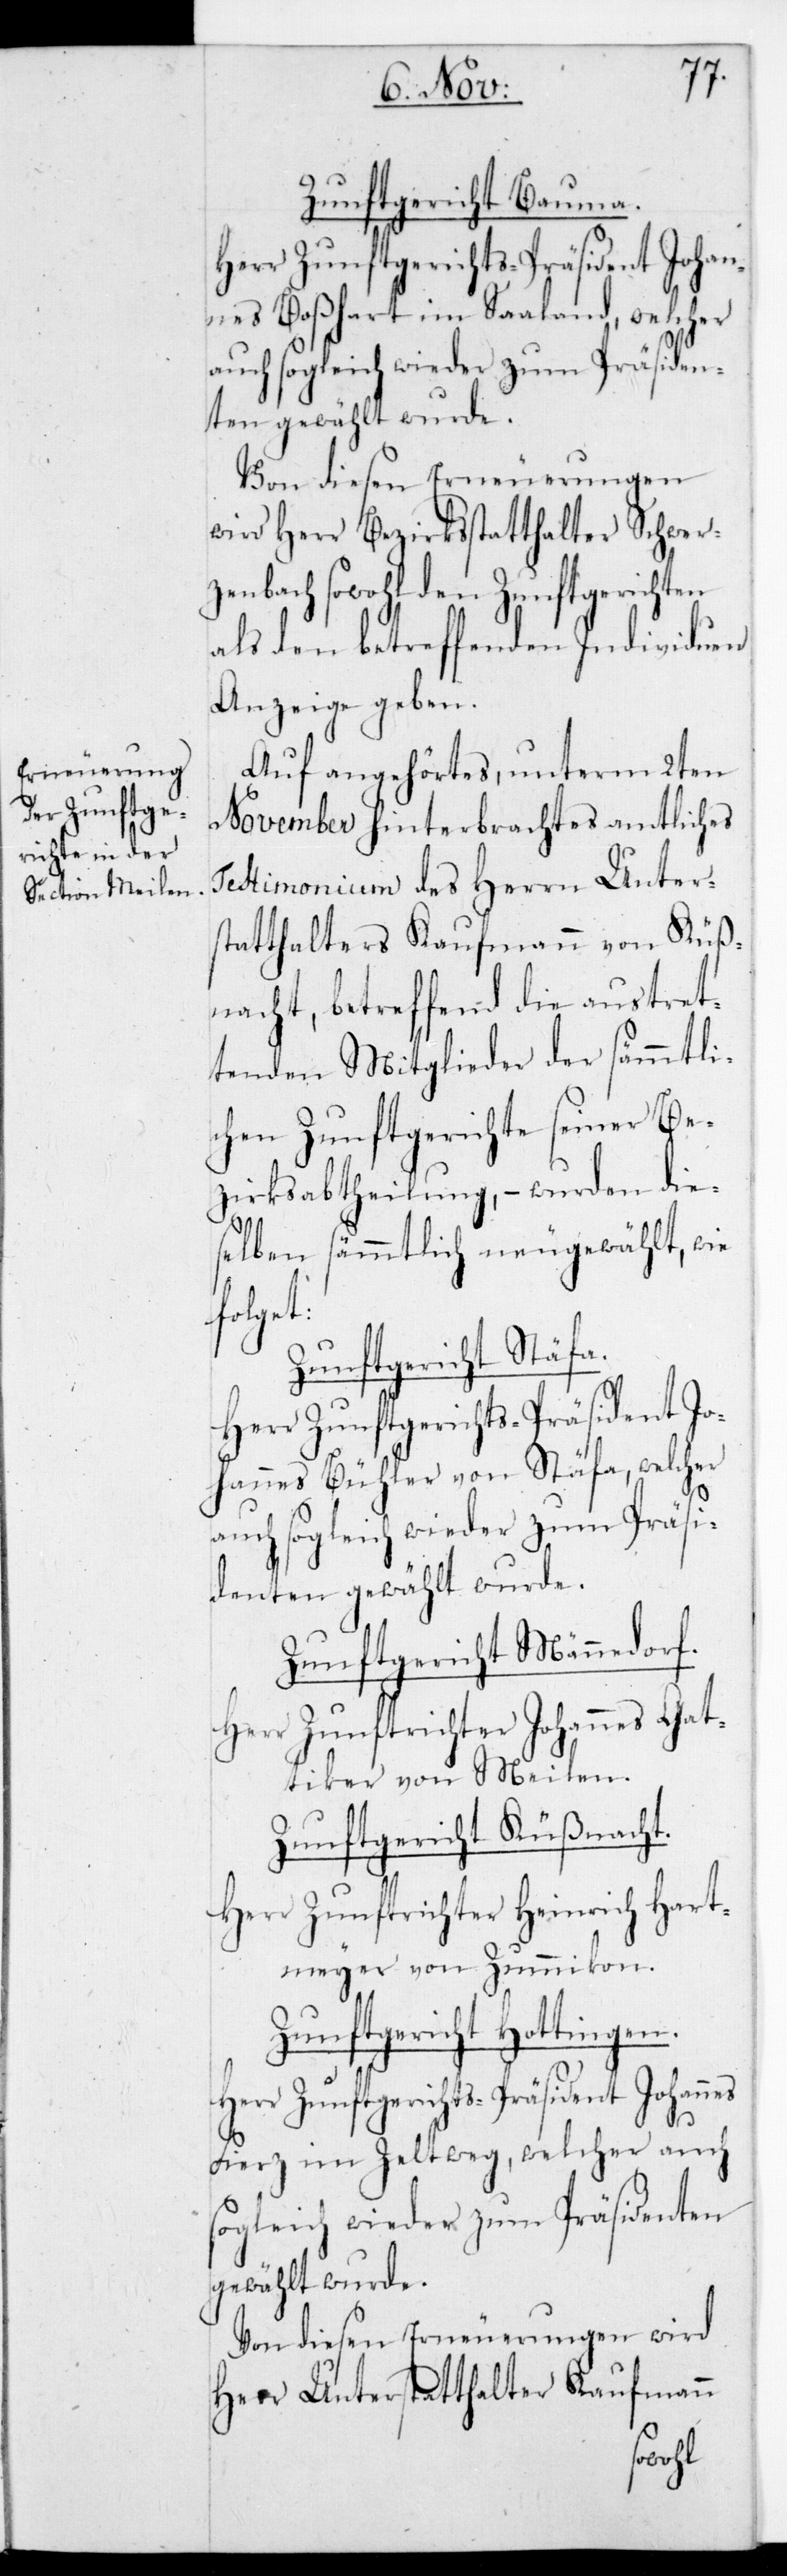
Zunftgericht Bauma.
Herr Zunftgerichts-Präsident Johan¬
nes Boßhart im Saaland, welcher
auch sogleich wieder zum Präsiden¬
ten gewählt wurde.
Von diesen Erneuerungen
wird Herr Bezirksstatthalter Schwer¬
zenbach sowohl den Zunftgerichten
als den betreffenden Individuen
Anzeige geben.
Auf angehörtes, unterm 2ten
November hinterbrachtes amtliches
Testimonium des Herrn Unters¬
tatthalters Kaufmann von Küß¬
nacht, betreffend die austret¬
tenden Mitglieder der sämmtli¬
chen Zunftgerichte seiner Be¬
zirksabtheilung, – wurden die¬
selben sämmtlich neugewählt, wie
nes
Zunftgericht Stäfa.
Herr Zunftgerichts-Präsident Jo¬
hannes Bühler von Stäfa, welcher
auch sogleich wieder zum Präsi¬
denten gewählt wurde.
Zunftgericht Männedorf.
Herr Zunftrichter Johannes Gat¬
tiker von Meilen.
Zunftgericht Küßnacht.
Herr Zunftrichter Heinrich Hart¬
meyer von Zumikon.
Zunftgericht Hottingen.
Fierz im Zeltweg, welcher auch
sogleich wieder zum Präsidenten
gewählt wurde.
Von diesen Erneuerungen wird
Herr Unterstatthalter Kaufmann